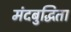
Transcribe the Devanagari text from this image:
मंदबुद्धिता